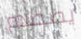
يصطدم